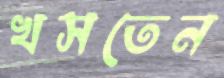
খসতেন